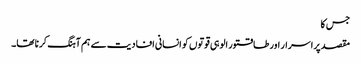
جس کا
مقصد پراسرار اور طاقتور الوہی قوتوں کو انسانی افادیت سے ہم آہنگ کرنا تھا۔